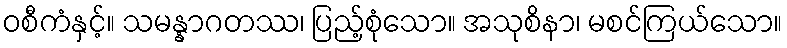
ဝစီကံနှင့်။ သမန္နာဂတဿ၊ ပြည့်စုံသော။ အသုစိနာ၊ မစင်ကြယ်သော။